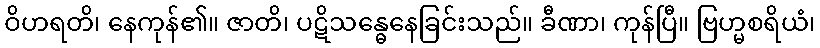
ဝိဟရတိ၊ နေကုန်၏။ ဇာတိ၊ ပဋိသန္ဓေနေခြင်းသည်။ ခီဏာ၊ ကုန်ပြီ။ ဗြဟ္မစရိယံ၊